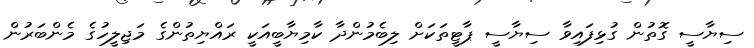
ސިޔާސީ ގޮތުން ގުޅިފައިވާ ސިޔާސީ ޕާޓީތަކަށް ލިބެމުންދާ ކާމިޔާބީއަކީ ރައްޔިތުންގެ މަޖިލީހުގެ މެންބަރުން